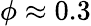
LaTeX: \phi\approx 0.3